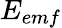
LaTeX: E_{emf}